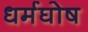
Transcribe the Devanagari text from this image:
धर्मघोष